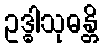
ဥဒ္ဓါသုဓန္တိ